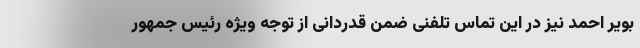
بویر احمد نیز در این تماس تلفنی ضمن قدردانی از توجه ویژه رئیس جمهور